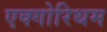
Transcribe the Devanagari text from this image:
एक्गोरिथम